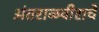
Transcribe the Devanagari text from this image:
अंतराळवीराचे